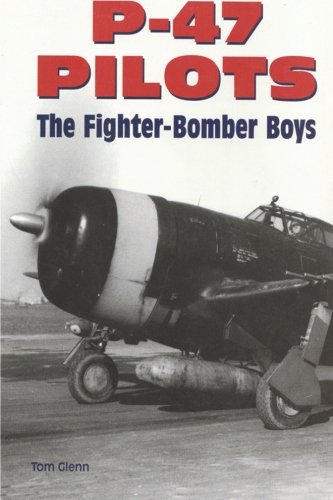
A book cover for P-47 Pilots: The Fighter-Bomber Boys; Tom Glenn; Arts & Photography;